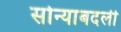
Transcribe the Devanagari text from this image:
सोन्याबदली